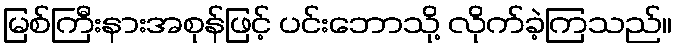
မြစ်ကြီးနားအစုန်ဖြင့် ပင်းဘောသို့ လိုက်ခဲ့ကြသည်။